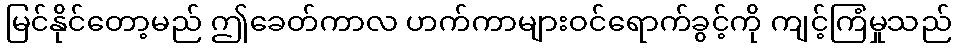
မြင်နိုင်တော့မည် ဤခေတ်ကာလ ဟက်ကာများဝင်ရောက်ခွင့်ကို ကျင့်ကြံမှုသည်